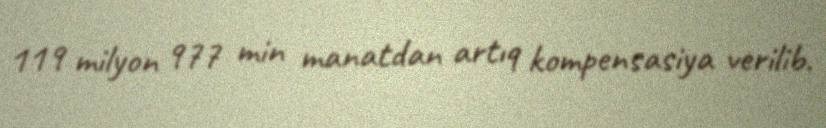
119 milyon 977 min manatdan artıq kompensasiya verilib.